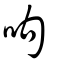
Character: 呴